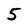
Character: 5